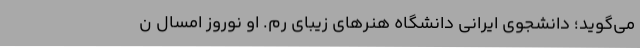
می‌گوید؛ دانشجوی ایرانی دانشگاه هنرهای زیبای رم. او نوروز امسال ن